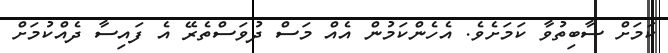
ކަމަށް ސާބިތުވާ ކަމަށެވެ. އެހެންކަމުން އެއް މަސް ދުވަސްތެރޭ އެ ފައިސާ ދެއްކުމަށް